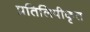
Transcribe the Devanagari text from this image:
प्रतिलिपीकृत